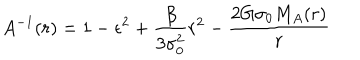
LaTeX: A ^ { - 1 } ( r ) = 1 - \epsilon ^ { 2 } + \frac { \beta } { 3 \sigma _ { 0 } ^ { 2 } } r ^ { 2 } - \frac { 2 G \sigma _ { 0 } M _ { A } ( r ) } { r }